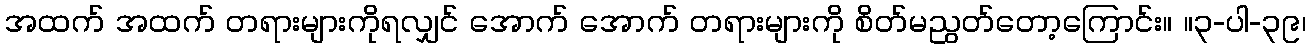
အထက် အထက် တရားများကိုရလျှင် အောက် အောက် တရားများကို စိတ်မညွတ်တော့ကြောင်း။ ။၃-ပါ-၃၉၊